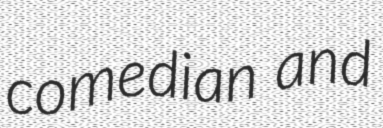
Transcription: comedian and